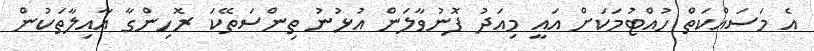
އެ މަސައްކަތް ހުއްޓުމަކަށް އައީ މިއަދު ފޮނުވާލަން އުޅުނު ތިންސަތޭކަ ރޮހިންގާ އާއިލާތަކުން